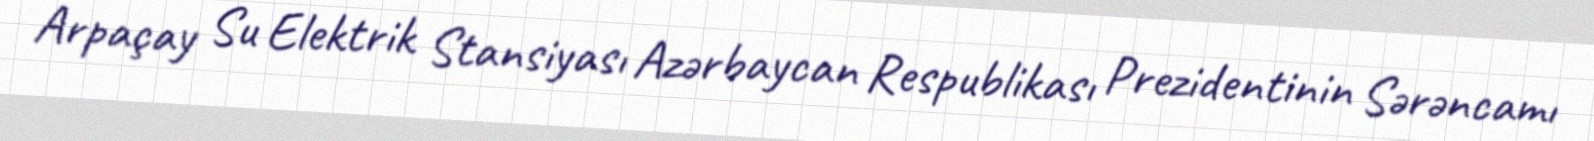
Arpaçay Su Elektrik Stansiyası Azərbaycan Respublikası Prezidentinin Sərəncamı